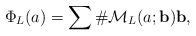
\begin{align*} \Phi_L(a)= \sum \# \mathcal{M}_L(a;\mathbf{b})\mathbf{b},\end{align*}